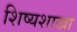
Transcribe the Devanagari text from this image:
शिष्यशाखा